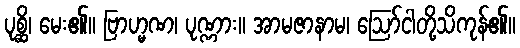
ပုစ္ဆိ၊ မေး၏။ ဗြာဟ္မဏ၊ ပုဏ္ဏား။ အာမဇာနာမ၊ ဩော်ငါတို့သိကုန်၏။